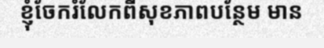
ខ្ញុំចែករំលែកពីសុខភាពបន្ថែម មាន